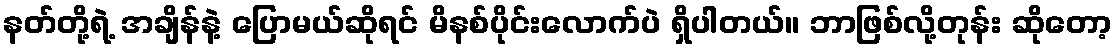
နတ်တို့ရဲ့ အချိန်နဲ့ ပြောမယ်ဆိုရင် မိနစ်ပိုင်းလောက်ပဲ ရှိပါတယ်။ ဘာဖြစ်လို့တုန်း ဆိုတော့